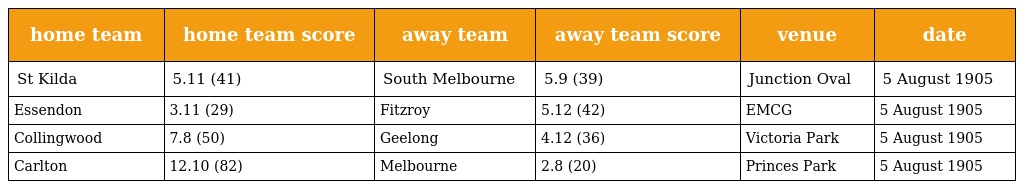
| home team | home team score | away team | away team score | venue | date |
 | --- | --- | --- | --- | --- | --- |
 | St Kilda | 5.11 (41) | South Melbourne | 5.9 (39) | Junction Oval | 5 August 1905 |
 | Essendon | 3.11 (29) | Fitzroy | 5.12 (42) | EMCG | 5 August 1905 |
 | Collingwood | 7.8 (50) | Geelong | 4.12 (36) | Victoria Park | 5 August 1905 |
 | Carlton | 12.10 (82) | Melbourne | 2.8 (20) | Princes Park | 5 August 1905 |